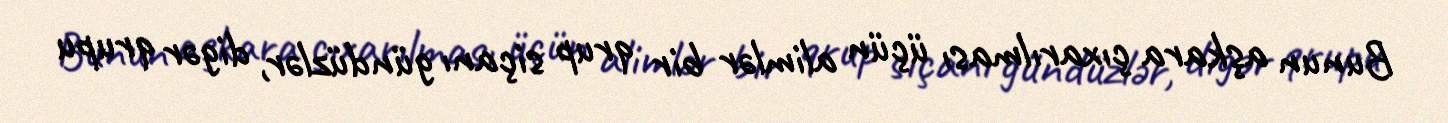
Bunun aşkara çıxarılması üçün alimlər bir qrup siçanı gündüzlər, digər qrupu